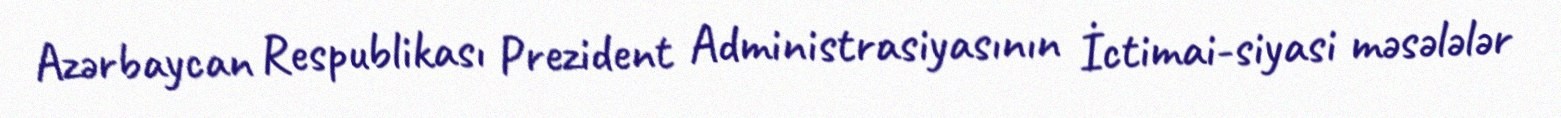
Azərbaycan Respublikası Prezident Administrasiyasının İctimai-siyasi məsələlər